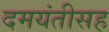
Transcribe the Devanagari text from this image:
दमयंतीसह